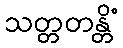
သတ္တတန္တိံ